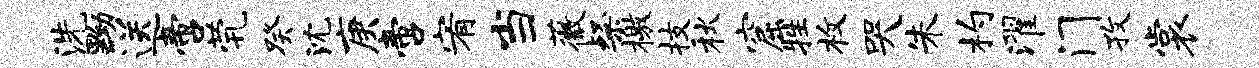
洗黝送啻茕癸沈庚啻宥当薇粲檄技秋窟牲枚哭朱杓濯门孜裳